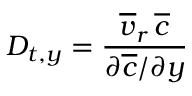
D _ { t , y } = \frac { \overline { { v } } _ { r } \, \overline { { c } } } { \partial \overline { { c } } / \partial y }